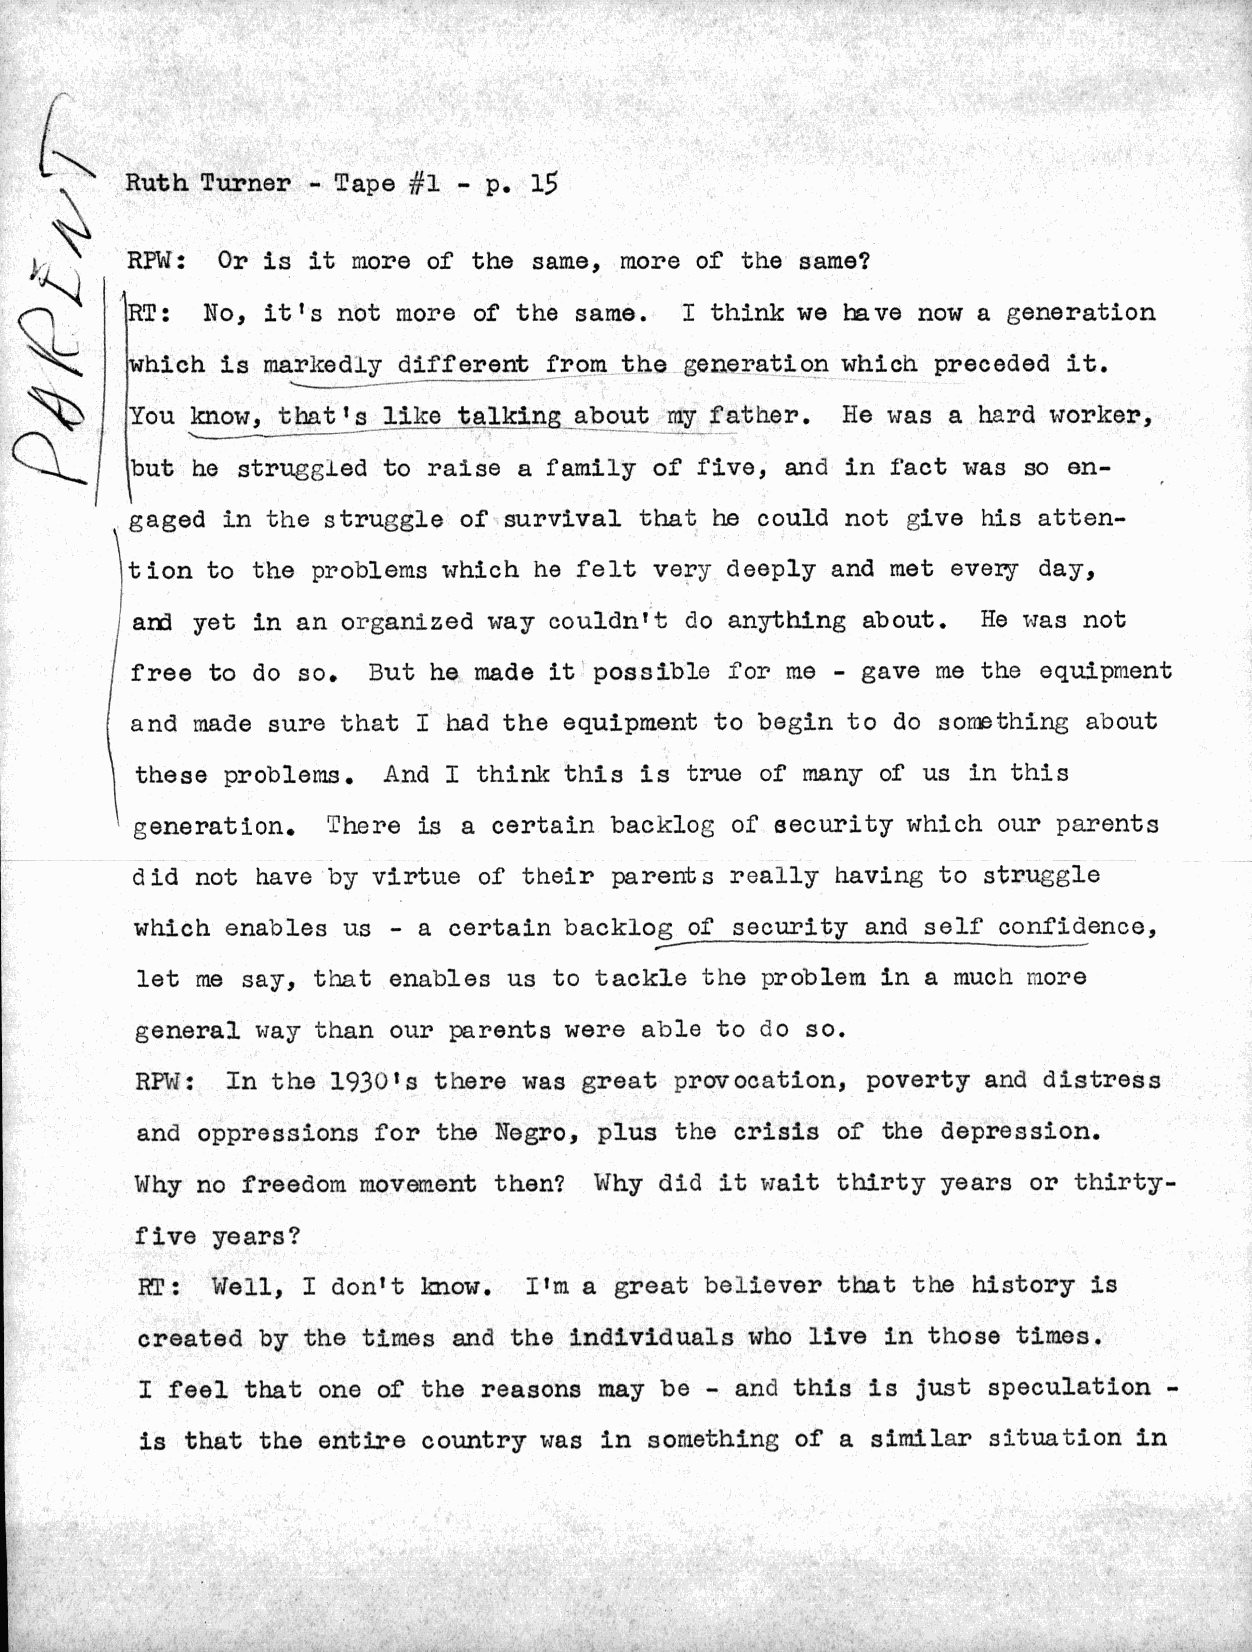
L
 Ruth Turner  - Tape ;#1 - p. 15
 RPW:  Or  is it rmore of the same, more of the same?
 RT:  No, it's not more of the same. I think we have now a generation
 Swhich is mxariedly different from the generation whicn preceded it.
 You know, that ts like tallking about my father. He was a hard worker,
 O   i \b ut he struggled to raise a family of five, and in I'act was so en-
 gaged in the struggle of survival that he could not ~ive his atten-
 tion to the problers which he felt very deeply and met every day,
 arrd yet in an organized way couldn't do anything about. He w~ras not
 free to do so. But  he made it possible for me - gave me the equipment
 and made sure that I had the equipment to begin to do sorething about
 I these problems. And  I think this is true of many of us in this
 generation.  'here is a certain backlog of security which our parents
 did not have by virtue of their parents really having to struggle
 which enables us - a certain backlog of security and self confidence,
 let me say, t!hat enables us to tackle the problem in a much rulore
 general way than our parents were able to do so.
 RPWi J: In the 1930's thzere was great provocation, poverty and distress
 and oppressions for the Negro, plus the crisis of the depression.
 Why no freedom movement then? Why  did it wiait thirty years or thirty-
 five years?
 R':  Well, I don't know.  I'm a great believer that the history is
 created by the times and the individuals who live in those times.
 I feel that one of the reasons may be - and this is just speculation -
 is that the entire country was in something of a similar situation in